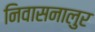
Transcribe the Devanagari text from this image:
निवासनालुर